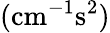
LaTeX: (\mathrm{cm^{-1}s^{2}})